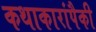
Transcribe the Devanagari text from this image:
कथाकारांपैकी